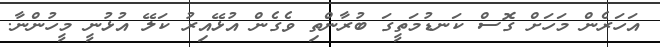
އަހަރެން މަހަށް ގޮސް ކަނޑުމަތީގަ ބުރާންތި ވެގެން އުޅޭއިރު ކަލޭ އުޅުނީ މީހުންނާ.